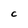
Character: C